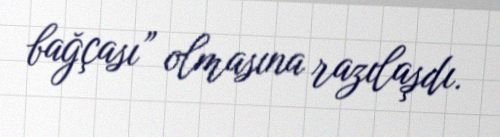
bağçası” olmasına razılaşdı.